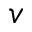
v